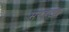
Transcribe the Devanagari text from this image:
मरहठ्य